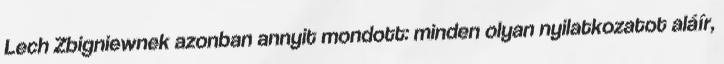
Lech Zbigniewnek azonban annyit mondott: minden olyan nyilatkozatot aláír,